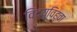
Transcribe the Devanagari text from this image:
विद्युविह्वा